NAE_ERA_R-30_Eesti_Riiklik_Spordiamet, lk 184
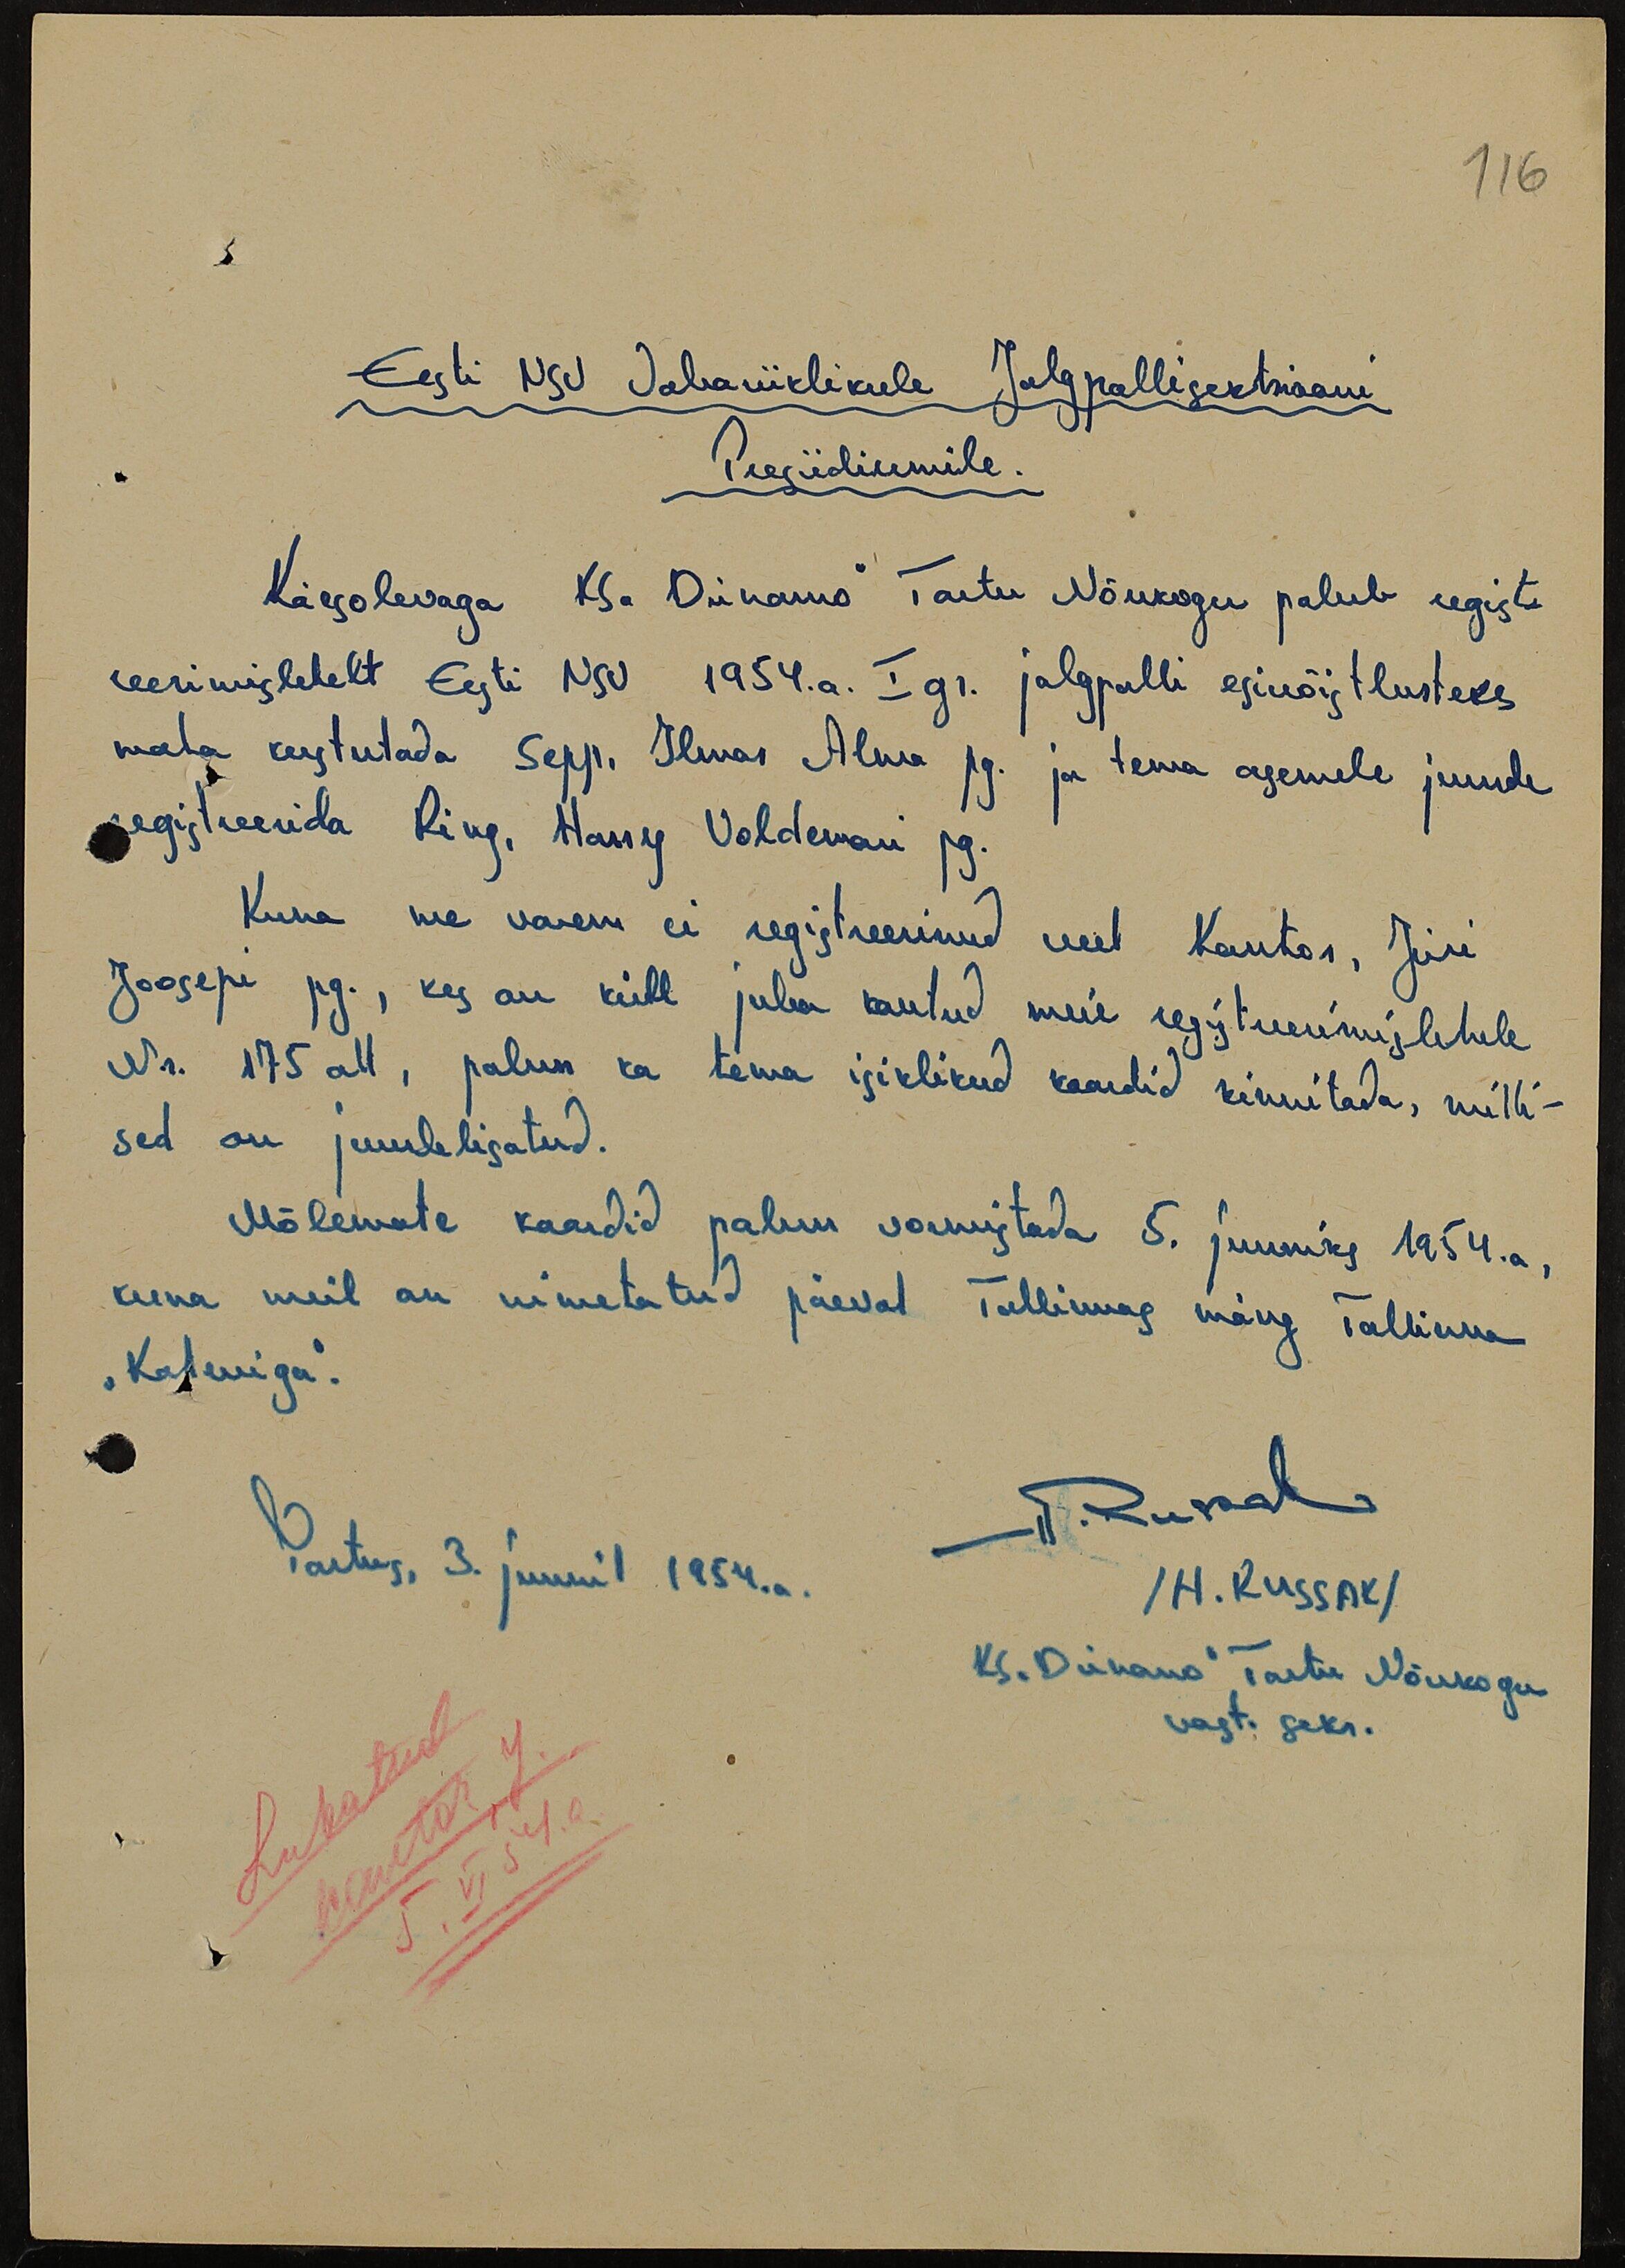
116
Eesti NSV Vabariiklikule Jalgpallisektsiooni
Presiidiumile.
Käesolevaga KS "Dünamo" Tartu Nõukogu palub regist-
reerimislehelt Eesti NSV 1954.a. I gr. jalgpalli esivõistlusteks
maha kustutada Sepp, Ilmar Alma pg. ja tema asemele juurde
registreerida Ring, Harry Voldemari pg.
Kuna me varem ei registreerinud veel Kantor, Jüri
Joosepi pg., kes on küll juba kantud meie registreerimisehele
Nr. 175 all, palun ka tema isiklikud kaardid kinnitada, milli-
sed on juurdelisatud.
Mõlemate kaardid palun vormistada 5. juuniks 1954.a.,
kuna meil on nimetatud päeval Tallinnas mäng Tallinna
"Kaleviga".
Tartus, 3. juunil 1954.a.
H. Russak
/H. Russak/
KS "Dünamo" Tartu Nõukogu
vast. sekr.
Lubatud
Kantor, J.
5. VI 54.a.